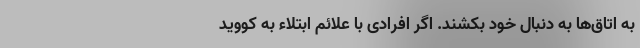
به اتاق‌ها به دنبال خود بکشند. اگر افرادی با علائم ابتلاء به کووید